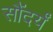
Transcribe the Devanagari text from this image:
सौंदर्यं